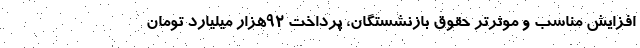
افزایش مناسب و موثرتر حقوق بازنشستگان، پرداخت ۹۲هزار میلیارد تومان